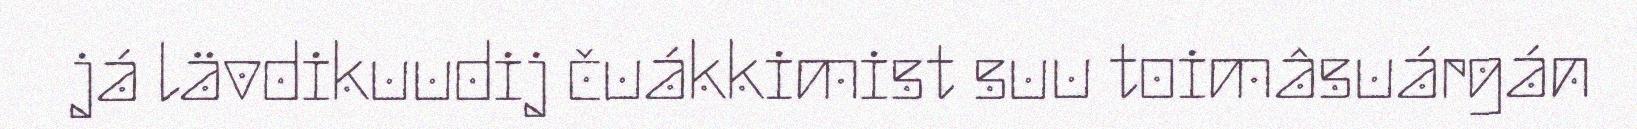
já lävdikuudij čuákkimist suu toimâsuárgán